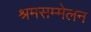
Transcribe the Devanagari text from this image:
श्रमसम्मेलन